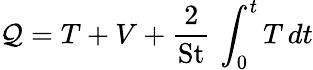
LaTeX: \mathcal{Q}=T+V+\frac{2}{\textrm{St}}\, \int_{0}^{t}T\, dt